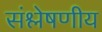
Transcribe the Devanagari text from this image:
संश्लेषणीय